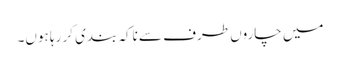
میں چاروں طرف سے ناکہ بندی کر رہا ہوں۔